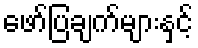
ဖော်ပြချက်များနှင့်